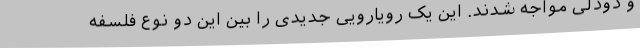
و دودلی مواجه شدند. این یک رویارویی جدیدی را بین این دو نوع فلسفه